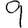
Digit: 9